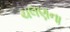
ચલણના